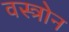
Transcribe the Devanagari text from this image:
वस्त्रोन